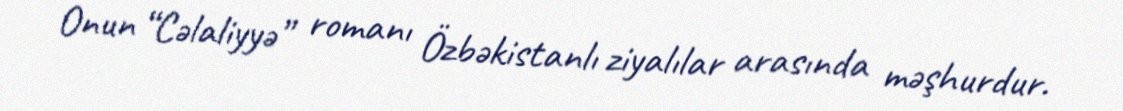
Onun “Cəlaliyyə” romanı Özbəkistanlı ziyalılar arasında məşhurdur.